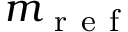
m _ { \mathrm { ~ r ~ e ~ f ~ } }